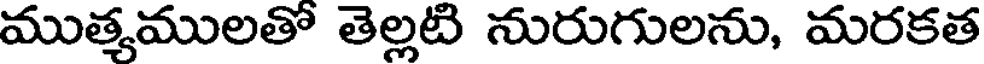
ముత్మములతో తెల్లటి నురుగులను, మరకత